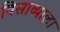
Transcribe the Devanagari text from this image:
विसाव्याला